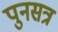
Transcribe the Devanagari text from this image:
पुनसत्र